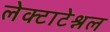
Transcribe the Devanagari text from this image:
लेक्टाटेश्नल